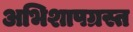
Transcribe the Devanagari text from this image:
अभिशापग्रस्त